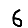
Digit: 6